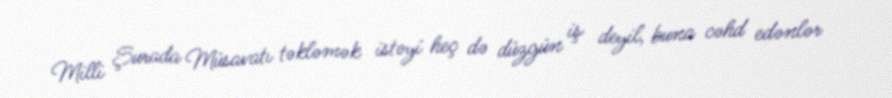
Milli Şurada Müsavatı təkləmək istəyi heç də düzgün iş deyil, buna cəhd edənlər